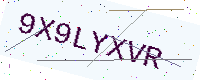
Text: 9X9LYXVR